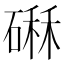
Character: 𥕆